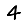
Digit: 4